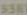
557